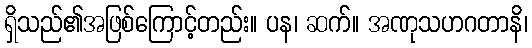
ရှိသည်၏အဖြစ်ကြောင့်တည်း။ ပန၊ ဆက်။ အဏုသဟဂတာနိ၊